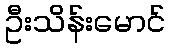
ဦးသိန်းမောင်